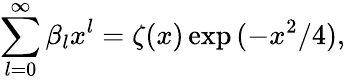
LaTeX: \sum_{l=0}^{\infty}\beta_{l}x^{l}=\zeta(x)\exp{(-x^{2}/4)},